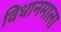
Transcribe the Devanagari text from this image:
विधानमाला